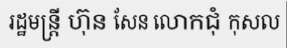
រដ្ឋមន្ត្រី ហ៊ុន សែន លោកជុំ កុសល